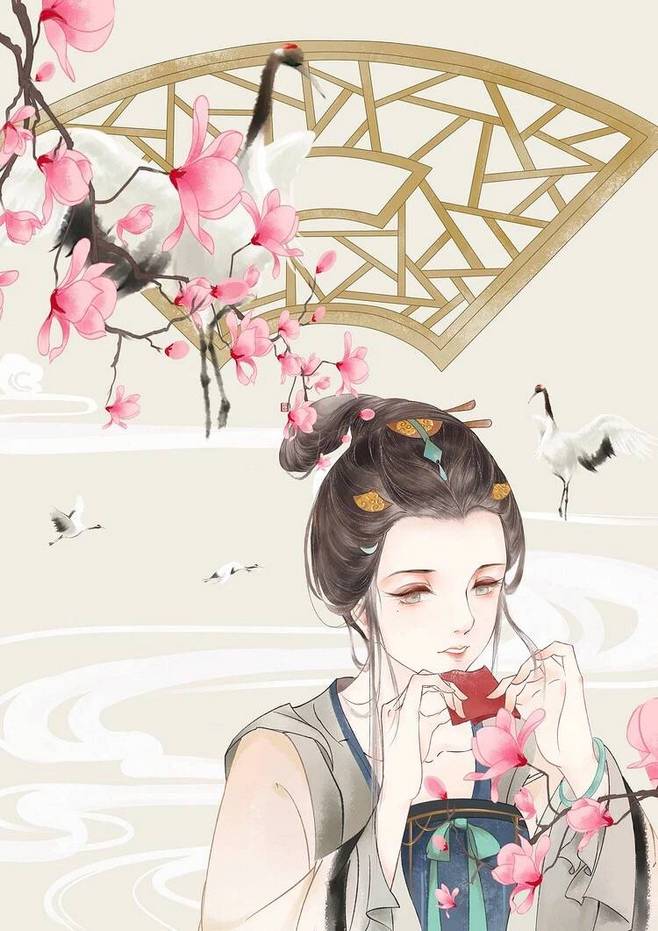
曲阑深处重相见，匀泪偎人颤。